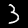
Digit: 3